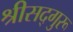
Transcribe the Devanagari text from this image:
श्रीसद्गुरू